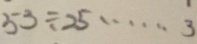
5 3 \div 2 5 \cdots 3